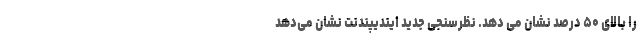
را بالای ۵۰ درصد نشان می دهد. نظرسنجی جدید ایندیپندنت نشان می‌دهد